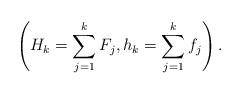
LaTeX: \begin{align*}\left(H_k= \sum_{j=1}^{k} F_j, h_k= \sum_{j=1}^{k} f_j\right).\end{align*}